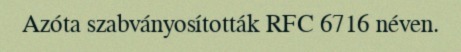
Azóta szabványosították RFC 6716 néven.